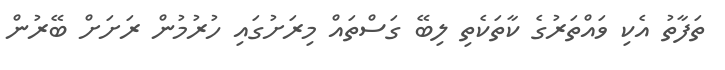
ތަފާތު އެކި ވައްތަރުގެ ކާތަކެތި ލިބޭ ގަސްތައް މިރަށުގައި ހުރުމުން ރަށަށް ބޭރުން